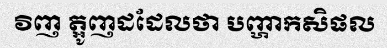
វិញ ត្អូញដដែលថា បញ្ហាកសិផល